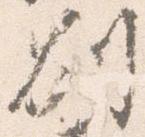
別